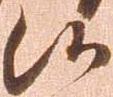
候